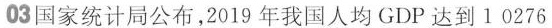
03国家统计局公布，2019年我国人均GDP达到10276